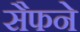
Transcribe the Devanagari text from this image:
सैफने